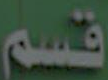
قسم